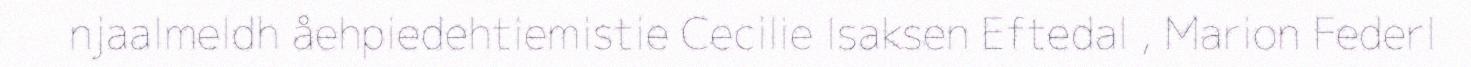
njaalmeldh åehpiedehtiemistie Cecilie Isaksen Eftedal , Marion Federl